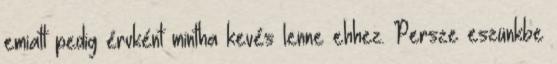
emiatt pedig érvként mintha kevés lenne ehhez. Persze eszünkbe